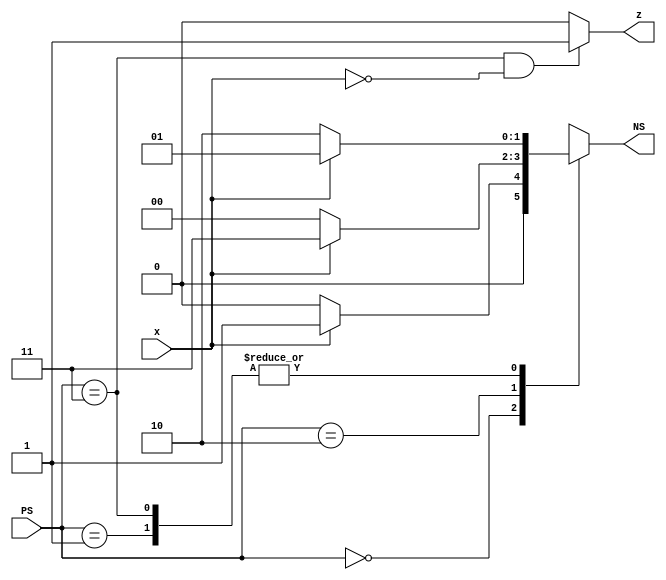
module seq_detector(
  input x,
  input [1:0] PS,
  output z,
  output reg[1:0] NS
);

parameter S0=2'b00,S1=2'b01,S2=2'b10,S3=2'b11;

//combinational state assignment block  
always @ (x or PS)
  begin
    case(PS)
        S0 :begin
         NS = x ? S1 : S0 ;
         end
        S1 :begin NS = x ? S1 : S2 ;
        end
        S2 :begin NS = x ? S3 : S0 ;
        end
        S3 :begin NS = x ? S1 : S2 ;
        end
    endcase
  end

assign z=((PS==S3) && ~x)? 1:0;

endmodule